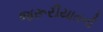
જરૂરીયાતની